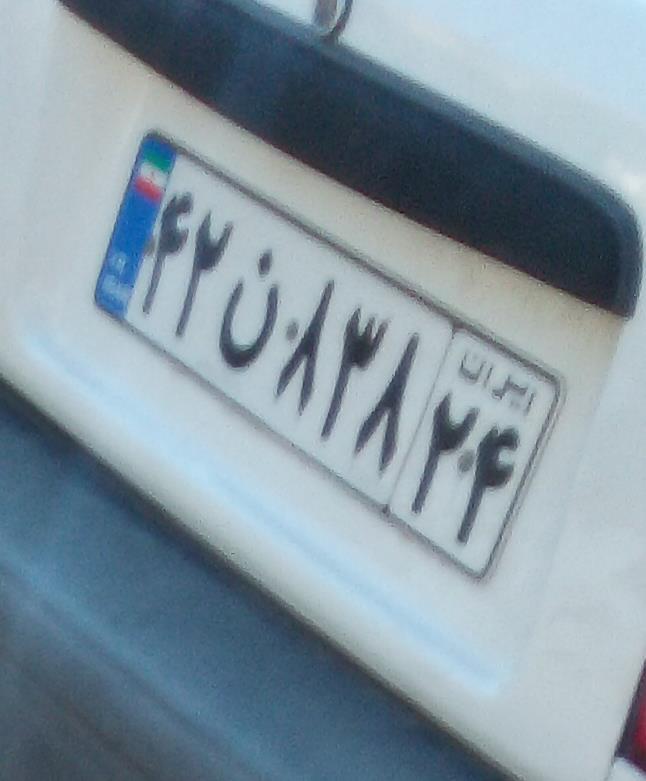
۴۲ن۸۳۸۲۴